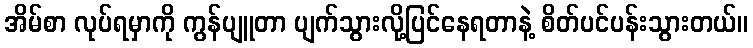
အိမ်စာ လုပ်ရမှာကို ကွန်ပျူတာ ပျက်သွားလို့ပြင်နေရတာနဲ့ စိတ်ပင်ပန်းသွားတယ်။